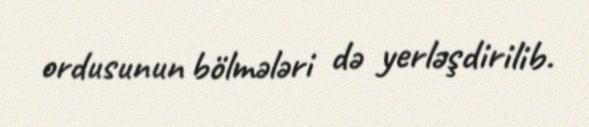
ordusunun bölmələri də yerləşdirilib.